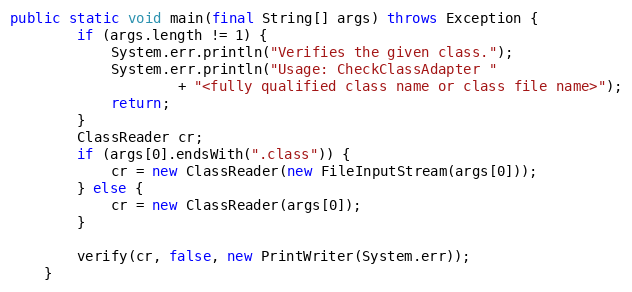
Language: Java
public static void main(final String[] args) throws Exception {
        if (args.length != 1) {
            System.err.println("Verifies the given class.");
            System.err.println("Usage: CheckClassAdapter "
                    + "<fully qualified class name or class file name>");
            return;
        }
        ClassReader cr;
        if (args[0].endsWith(".class")) {
            cr = new ClassReader(new FileInputStream(args[0]));
        } else {
            cr = new ClassReader(args[0]);
        }

        verify(cr, false, new PrintWriter(System.err));
    }